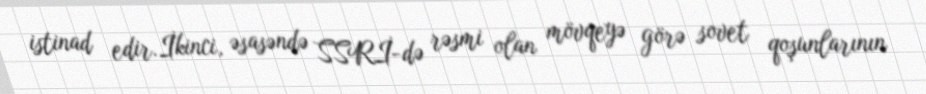
istinad edir.İkinci, əsasəndə SSRİ-də rəsmi olan mövqeyə görə sovet qoşunlarının